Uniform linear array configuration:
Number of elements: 64
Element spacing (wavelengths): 0.5
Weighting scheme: exponential
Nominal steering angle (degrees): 60
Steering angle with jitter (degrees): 61.015
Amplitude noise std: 0.05
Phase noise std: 0.05

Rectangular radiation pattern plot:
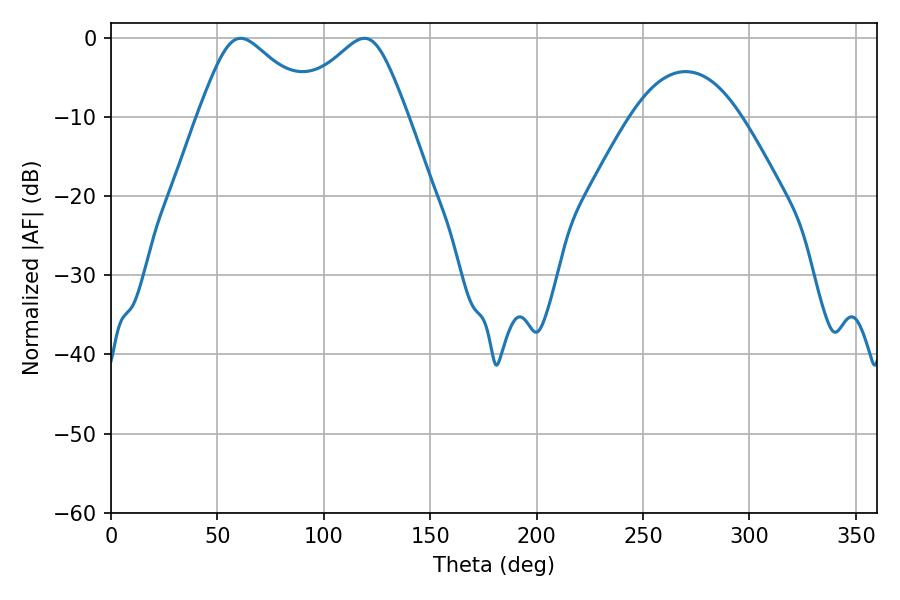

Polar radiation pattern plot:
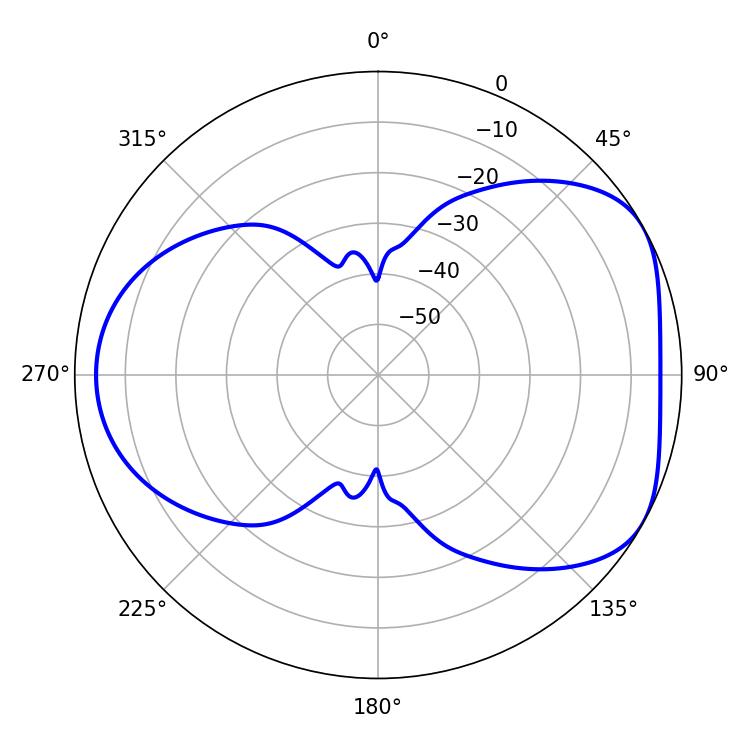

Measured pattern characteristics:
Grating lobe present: FALSE
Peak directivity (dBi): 4.86
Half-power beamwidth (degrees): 26.82
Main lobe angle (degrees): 60.84